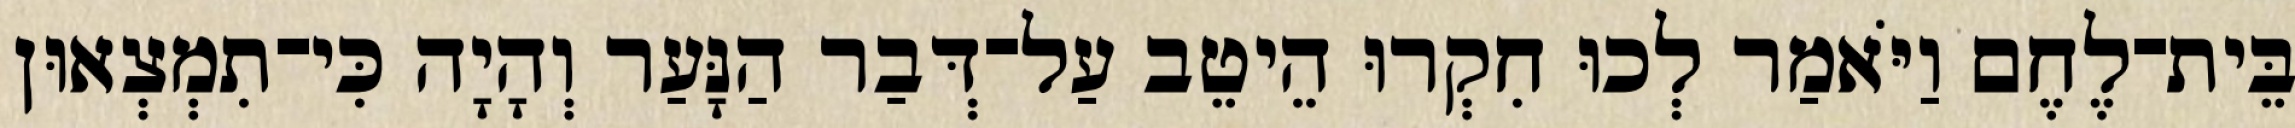
בֵּית־לֶחֶם וַיֹּאמַר לְכוּ חִקְרוּ הֵיטֵב עַל־דְּבַר הַנָּעַר וְהָיָה כִּי־תִמְצְאוּן